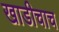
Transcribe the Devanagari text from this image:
खाडीचाच